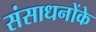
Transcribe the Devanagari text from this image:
संसाधनोंके